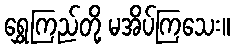
ရွှေကြည်တို့ မအိပ်ကြသေး။